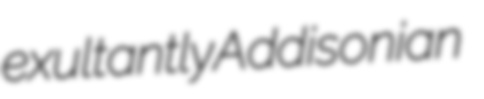
exultantly Addisonian